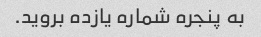
به پنجره شماره یازده بروید.